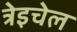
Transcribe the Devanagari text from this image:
त्रेइचेल